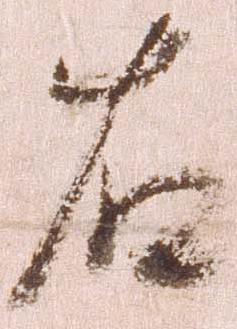
右